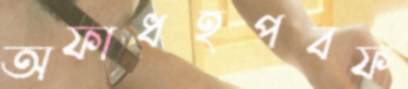
অফাধহপবফ